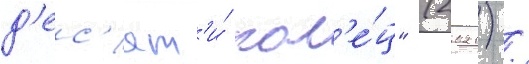
д'ес'ят'и́ кол'е́ц" (2021) /